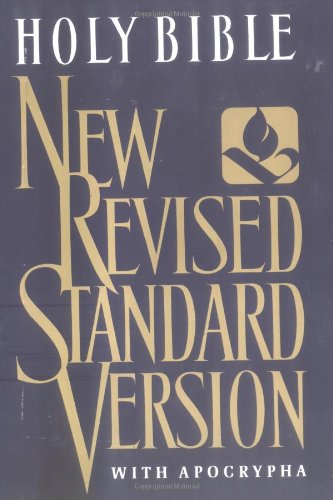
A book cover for The Holy Bible: New Revised Standard Version with Apocrypha; NRSV Bible Translation Committee; Christian Books & Bibles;